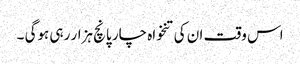
اس وقت ان کی تنخواہ چار پانچ ہزار رہی ہوگی ۔